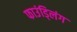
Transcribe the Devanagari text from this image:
फाउंड्लिंग